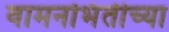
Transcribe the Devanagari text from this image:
वामनभिंतीच्या